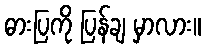
ဓားပြကို ပြန်ချ မှာလား။